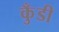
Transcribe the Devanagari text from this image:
कुँडी